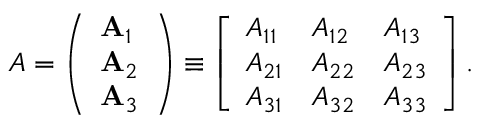
A = \left( \begin{array} { l } { \mathbf { A } _ { 1 } } \\ { \mathbf { A } _ { 2 } } \\ { \mathbf { A } _ { 3 } } \end{array} \right) \equiv \left[ \begin{array} { l l l } { A _ { 1 1 } } & { A _ { 1 2 } } & { A _ { 1 3 } } \\ { A _ { 2 1 } } & { A _ { 2 2 } } & { A _ { 2 3 } } \\ { A _ { 3 1 } } & { A _ { 3 2 } } & { A _ { 3 3 } } \end{array} \right] .